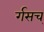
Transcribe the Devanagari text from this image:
र्गसच्